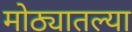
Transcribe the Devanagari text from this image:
मोठ्यातल्या